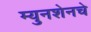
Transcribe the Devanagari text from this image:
म्युनशेनचे